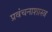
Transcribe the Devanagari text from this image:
प्रवंचनाशास्त्र